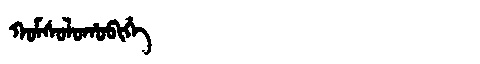
Manchu: ᡴᠣᠮᠰᠣᠯᠣᡥᠣᠪᡳᡥᡝ
Romanization: KOMSOLOHOBIHE